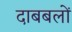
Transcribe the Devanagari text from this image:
दाबबलों